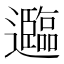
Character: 𮟤